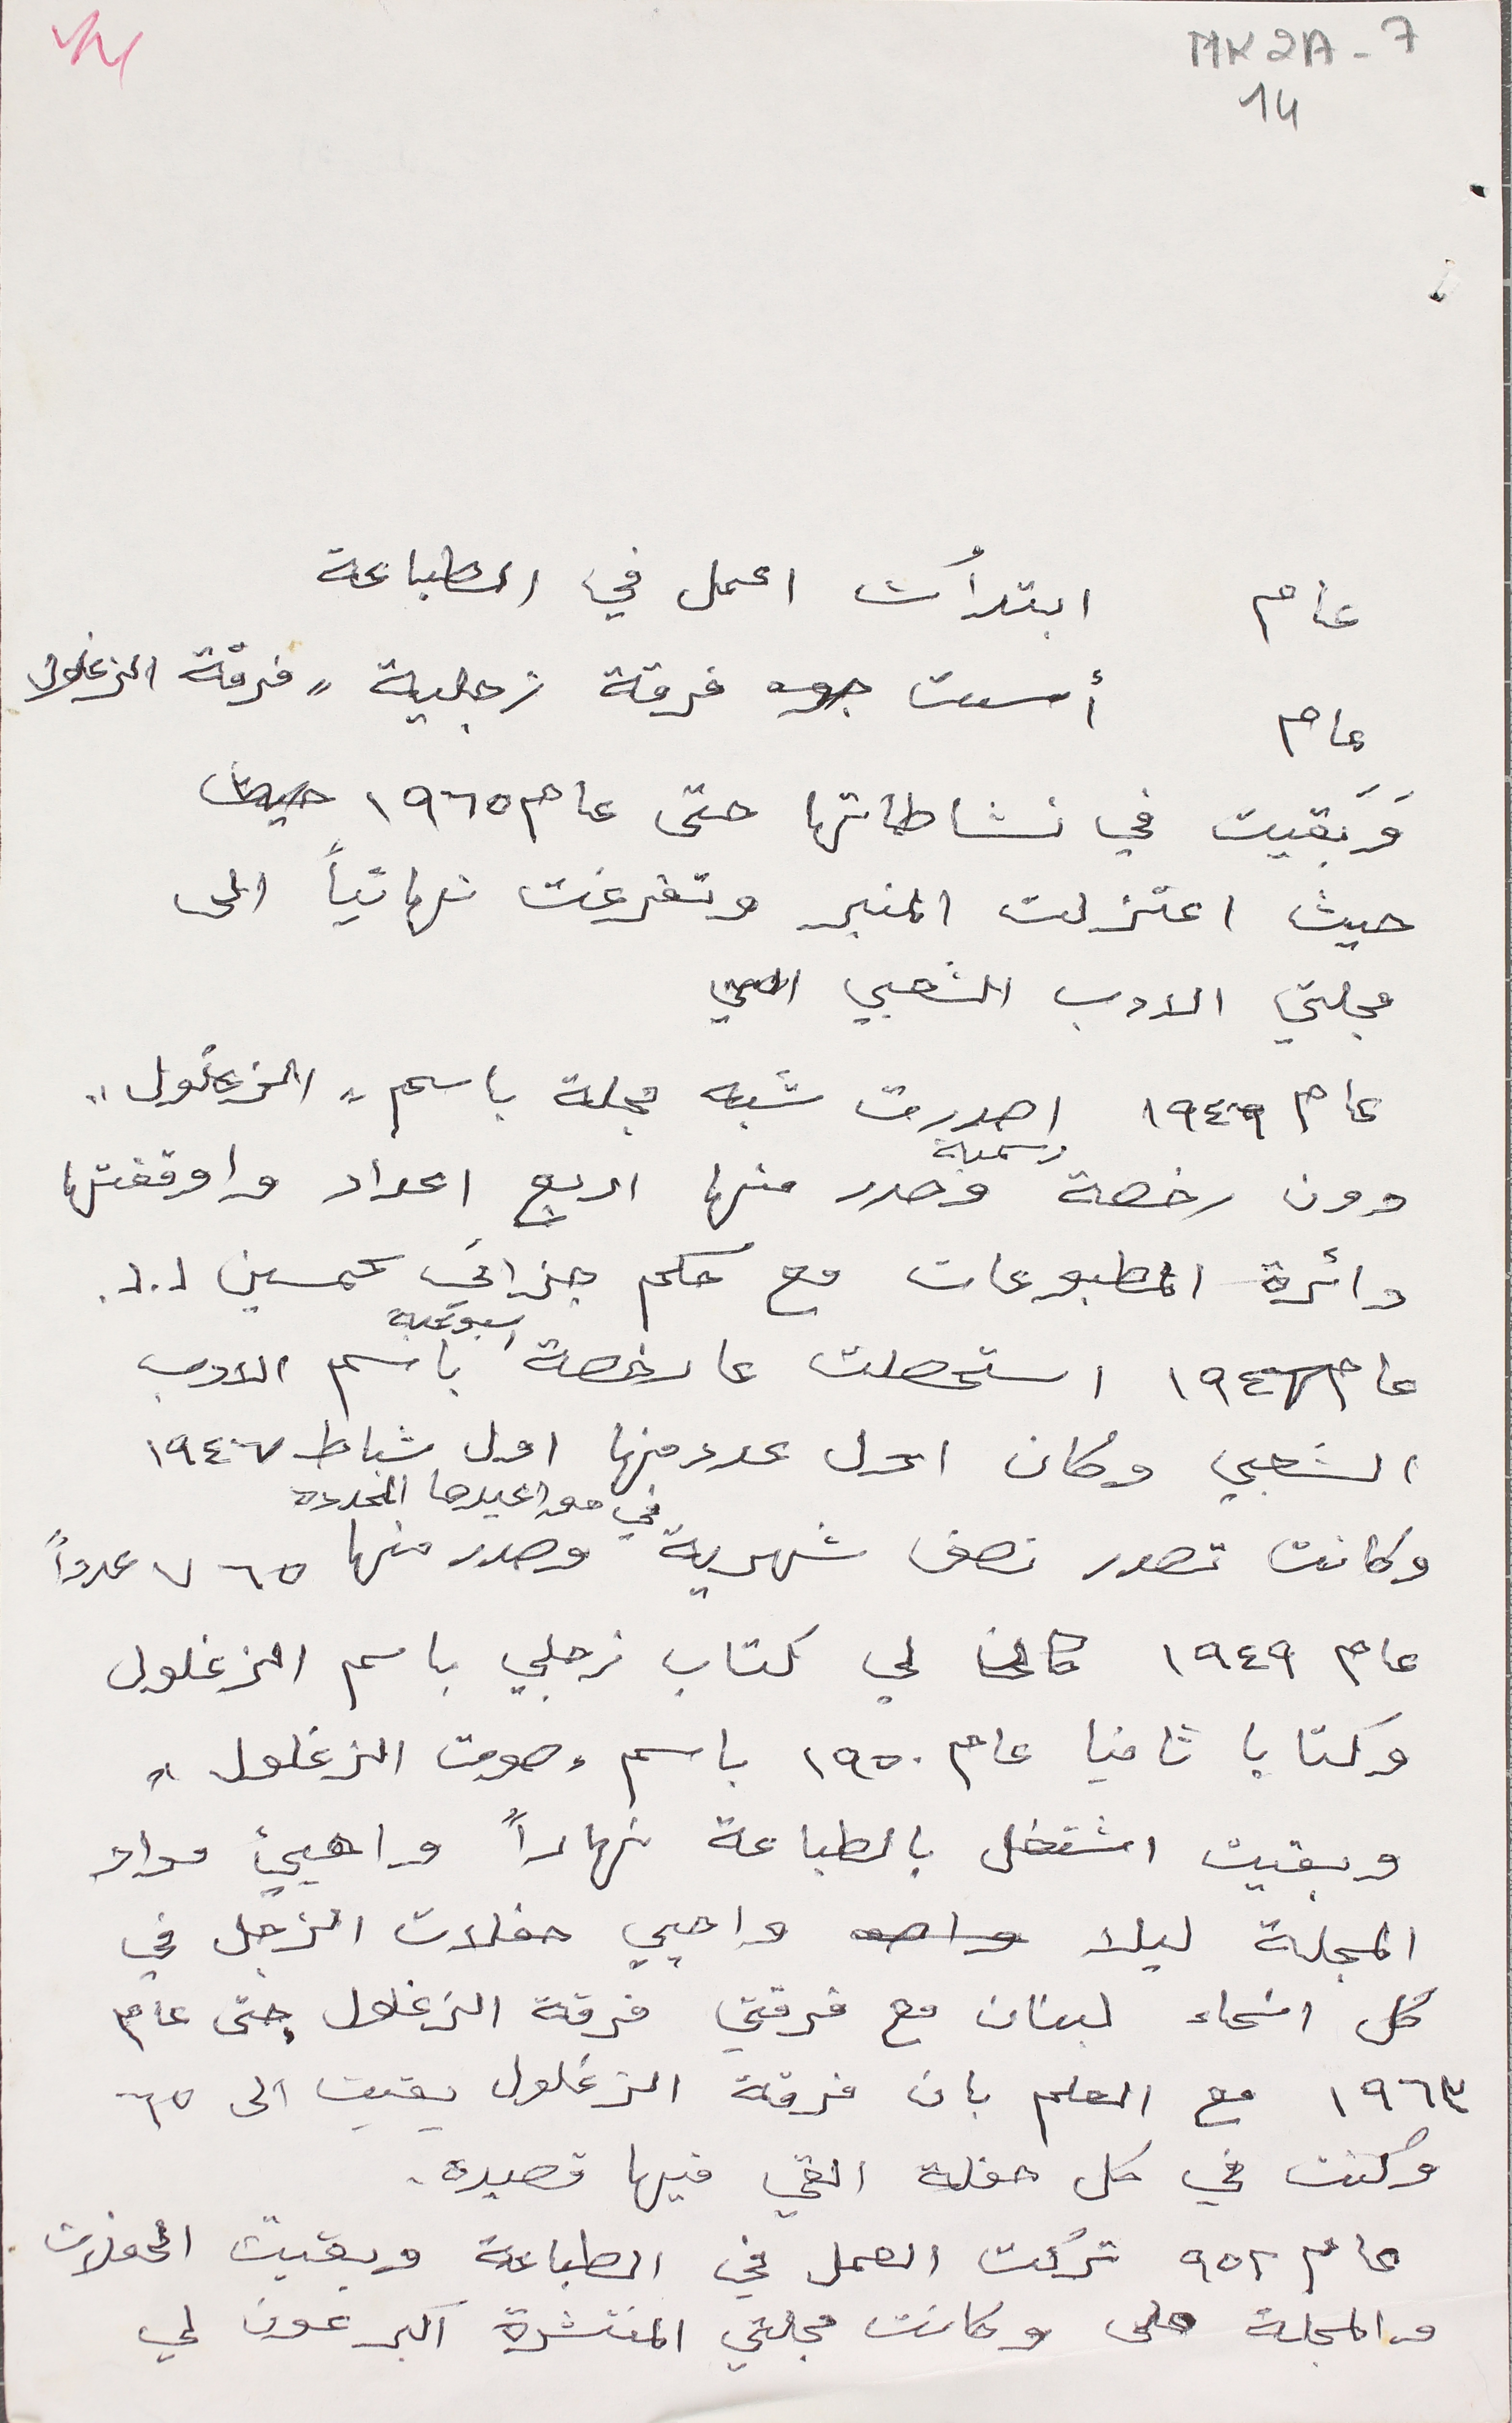
MK2A-7 14
عام ابتدأت اعمل في الطباعة
عام اسست فرقة زجلية " فرقة الزغلول"
وَبَقيت في نشاطاتها حتى عام ١٩٦٥
حيث اعتزلت المنبر وتفرغت نهائياً الى
مجلتي الادب الشعبي
عام ١٩٤٦ اصدرت شبه مجلة باسم "الزغلول"
دون رخصة رسمية وصدر منها اربع اعداد واوقفتها
دائرة المطبوعات مع حكم جزائي بحمسين ل.ل.
عام ١٩٤٦ استحصلت عا رخصة اسبوعية باسم الادب
الشعبي وكان اول عدد منها اول شباط ١٩٤٧
وكانت تصدر نصف شهرية في مواعيدها المحددة وصدر منها ٧٦٥ عدداً
عام ١٩٤٩ كان لي كتاب زجلي باسم الزغلول
وكتابا ثانيا عام ١٩٥٠ باسم " صوت الزغلول"
وبقيت اشتغل بالطباعة نهاراً واهيئ مواد
المجلة ليلا واحيي حفلات الزجل في
كل انحاء لبنان مع فرقتي فرقة الزغلول حتى عام
١٩٦٣ مع العلم بان فرقة الزغلول بقيت الى ٦٥
وكنت في كل حفلة القي فيها قصيدة.
عام ٩٥٢ تركت العمل في الطباعة وبقيت الحفلات
والمجلة على وكانت مجلتي المنتشرة اكبر عون لي